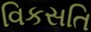
વિકસતિ